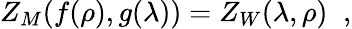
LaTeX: Z_{M}(f(\rho),g(\lambda))=Z_{W}(\lambda,\rho)\; \; ,